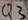
Text: Q3